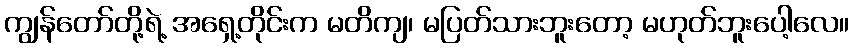
ကျွန်တော်တို့ရဲ့ အရှေ့တိုင်းက မတိကျ၊ မပြတ်သားဘူးတော့ မဟုတ်ဘူးပေါ့လေ။